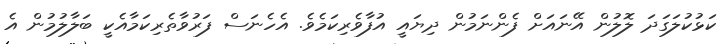
ކަޅުކުލަގަދަ ލޮލުން އޭނައަށް ފެންނަމުން ދިޔައީ އުފާވެރިކަމެވެ. އެހެނަސް ފަރުވާތެރިކަމާއެކީ ބަލާލުމުން އެ